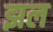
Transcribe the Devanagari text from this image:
झल